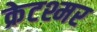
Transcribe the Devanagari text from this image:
क्रेटश्मर